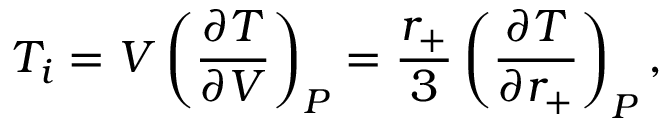
T _ { i } = V \left( \frac { \partial T } { \partial V } \right) _ { P } = \frac { r _ { + } } { 3 } \left( \frac { \partial T } { \partial r _ { + } } \right) _ { P } ,